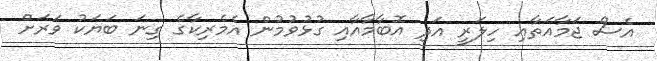
އެސް ޖަމާއަތާއި ހިލަރީ އަދި އޮބާމާއާއި ގުޅުވުމުން އެމެރިކާގެ ގިނަ ބަޔަކު ވަރަށް